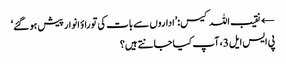
← نقیب اللہ کیس:’اداروں سے بات کی تو راؤ انوار پیش ہو گئے‘
پی ایس ایل 3، آپ کیا جانتے ہیں؟